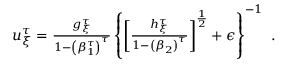
\begin{array} { r } { u _ { \xi } ^ { \tau } = \frac { g _ { \xi } ^ { \tau } } { 1 - \left( \beta _ { 1 } ^ { \tau } \right) ^ { \tau } } \left\{ \left[ \frac { h _ { \xi } ^ { \tau } } { 1 - \left( \beta _ { 2 } \right) ^ { \tau } } \right] ^ { \frac { 1 } { 2 } } + \epsilon \right\} ^ { - 1 } \ . } \end{array}